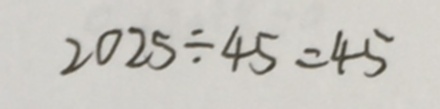
2 0 2 5 \div 4 5 = 4 5